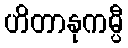
ဟိတာနုကမ္ပီ